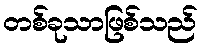
တစ်ခုသာဖြစ်သည်